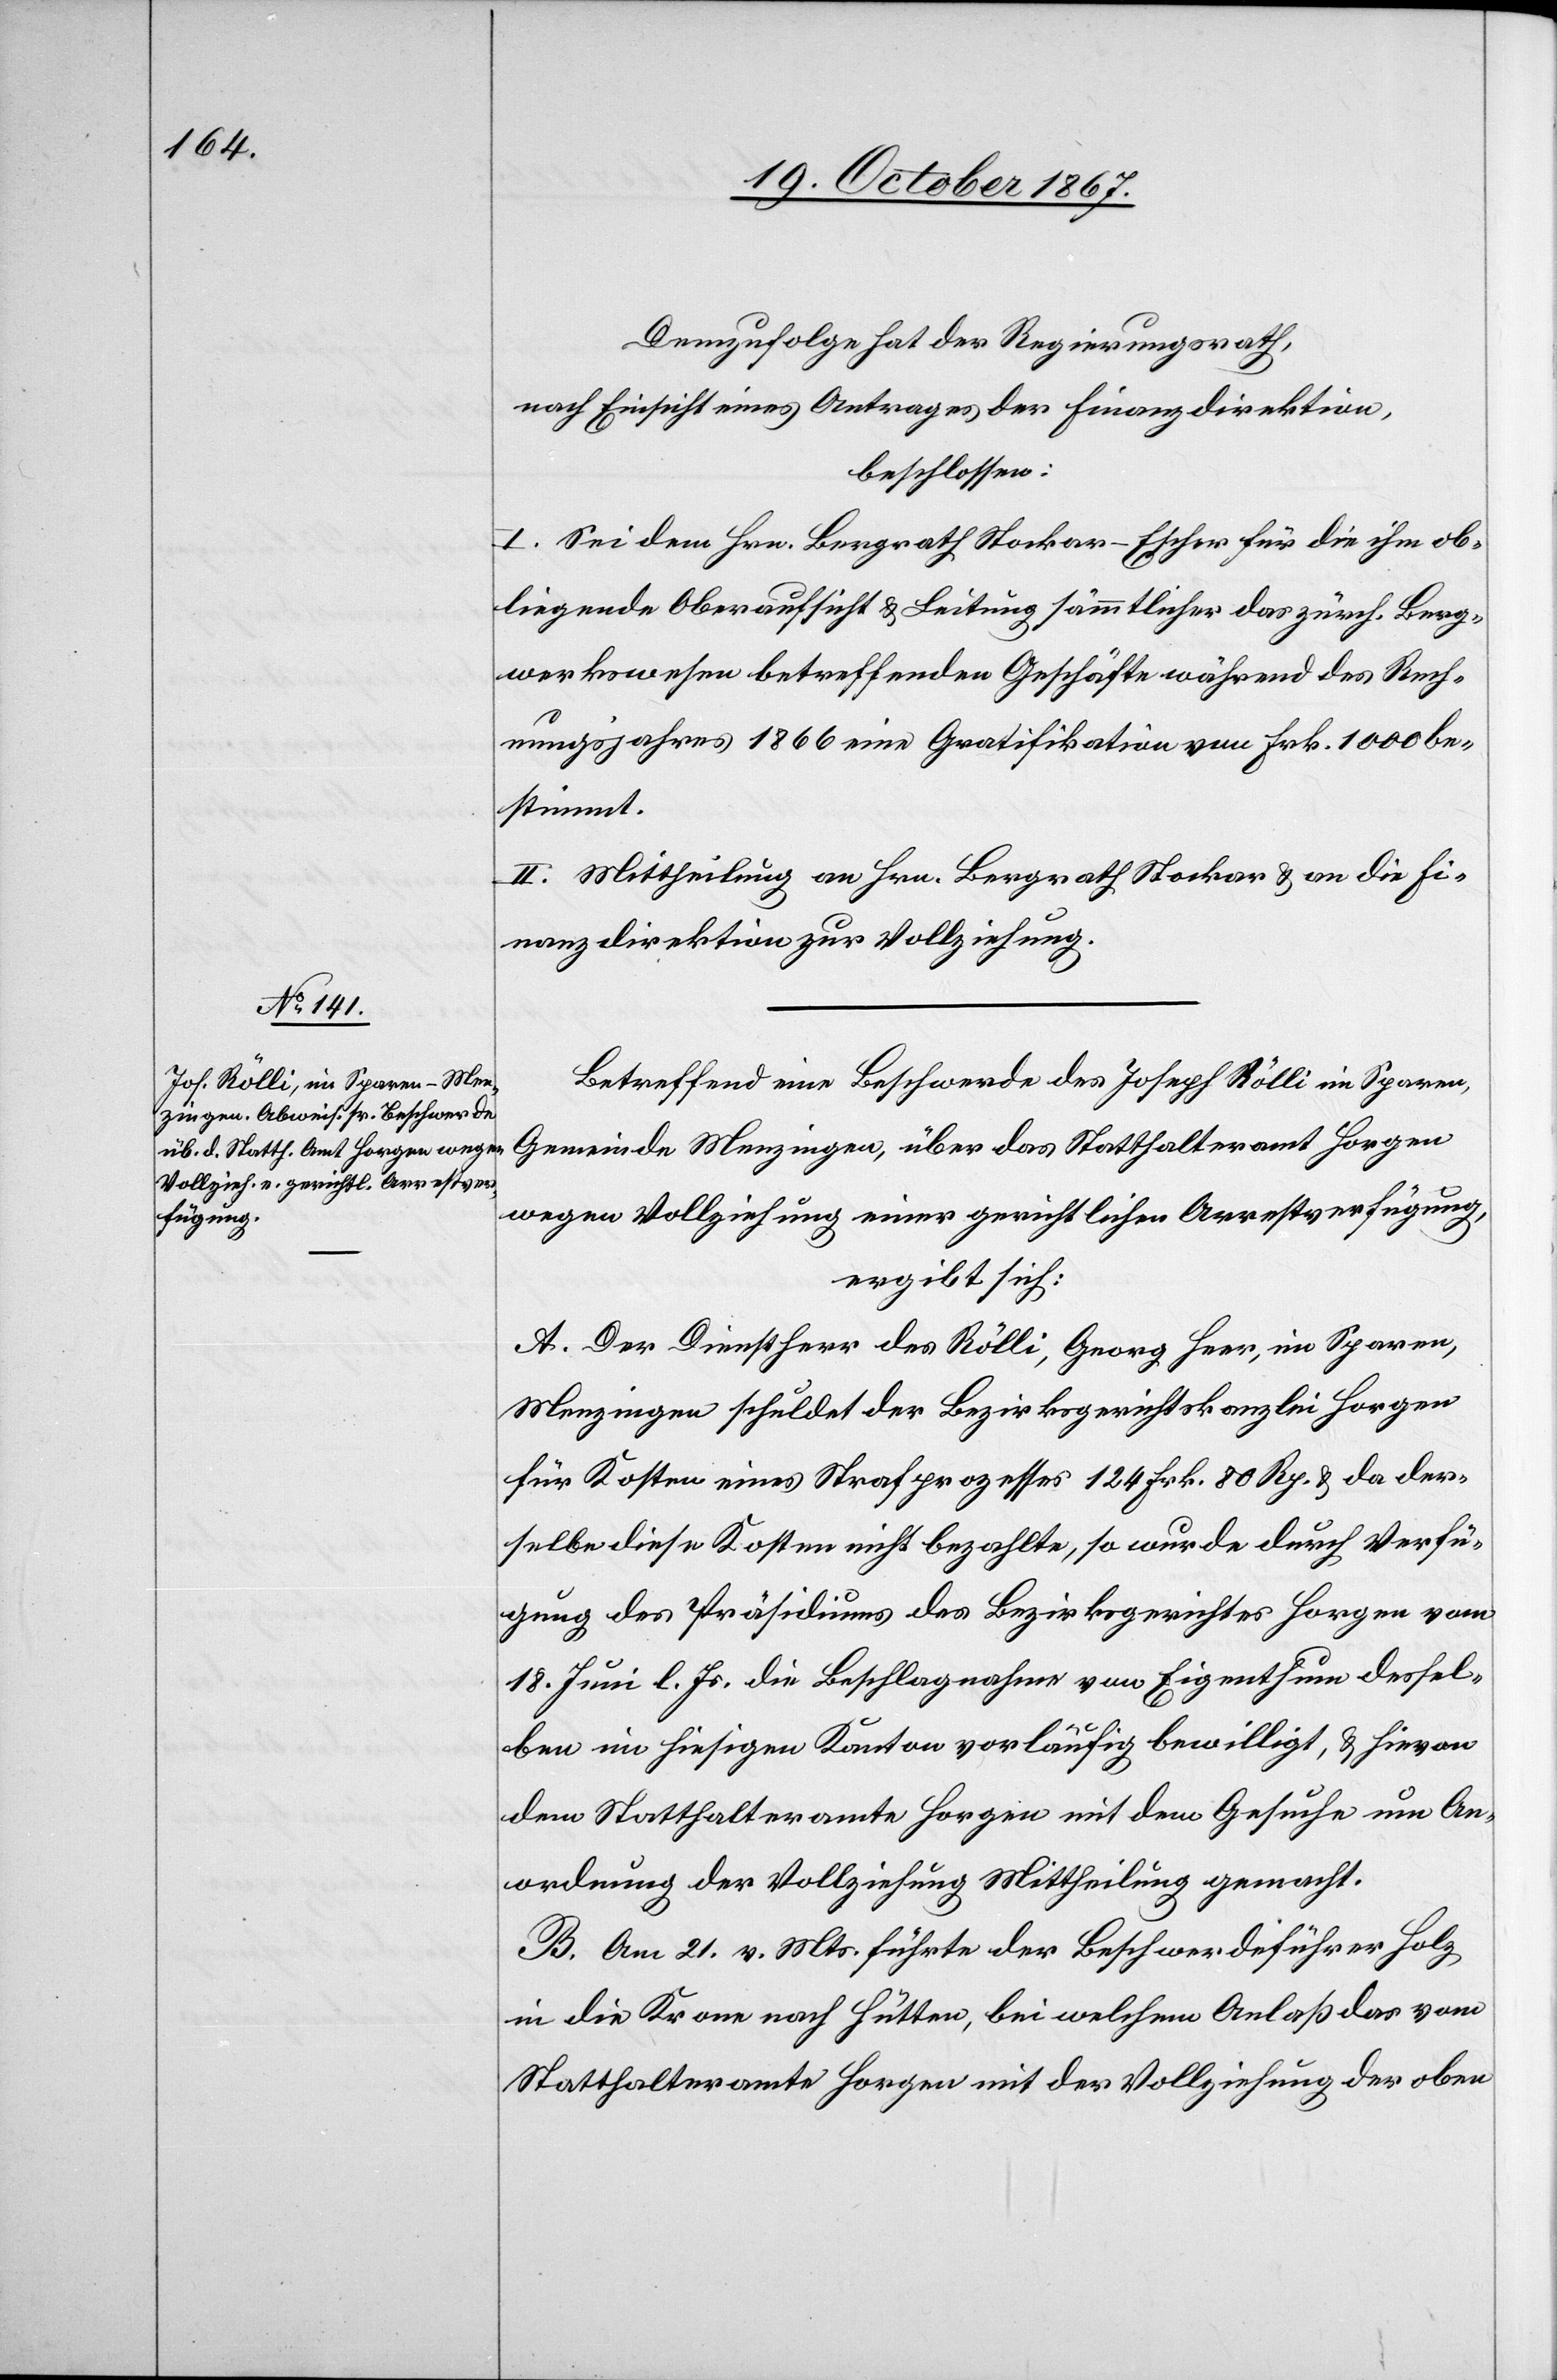
Demzufolge hat der Regierungsrath,
nach Einsicht eines Antrages der Finanzdirektion,
beschlossen:
I. Sei dem Hrn. Bergrath Stockar-Escher die ihm ob¬
liegende Oberaufsicht u. Leitung sämmtlicher das zürch. Berg¬
werkswesen betreffenden Geschäfte während des Rech¬
nungsjahres 1866 eine Gratifikation von Frk. 1000 be¬
stimmt.
II. Mittheilung an Hrn. Bergrath Stockar u. an die Fi¬
nanzdirektion zur Vollziehung.
Betreffend eine Beschwerde des Joseph Rölli von Sparen,
Gemeinde Menzingen, über das Statthalteramt Horgen
wegen Vollziehung einer gerichtlichen Arrestsverfügung,
ergibt sich:
A. Der Dienstherr des Rölli, Georg Heer, im Sparen,
Menzingen schuldet der Bezirksgerichtskanzlei Horgen
für Kosten eines Strafprozesses 124 Frk. 80 Rp. u. da der¬
selbe diese Kosten nicht bezahlte, so wurde durch Verfü¬
gung des Präsidiums des Bezirksgerichtes Horgen vom
18. Juni l. Js. die Beschlagnahme von Eigenthum dessel¬
ben im hiesigen Kanton vorläufig bewilligt, u. hievon
dem Statthalteramte Horgen mit dem Gesuche um An¬
ordnung der Vollziehung Mittheilung gemacht.
B. Am 21. v. Mts. führte der Beschwerdeführer Holz
in die Krone nach Hütten, bei welchem Anlaß das vom